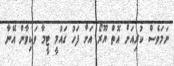
ނަމަވެސް ކުރިއަށް އޮތް ޔޫރޯ އަށް ފަހު ގައުމީ ޓީމާ ވަކިވާން އޭނާ